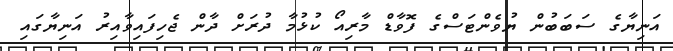
އަނިޔާގެ ސަބަބުން ޔުވެންޓަސްގެ ފޮވާޑް މާރިއޯ ކުޅުމާ ދުރަށް ދާން ޖެހިފައިވާއިރު އަނިޔާގައި